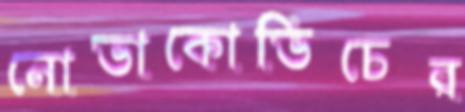
নোভাকোভিচের